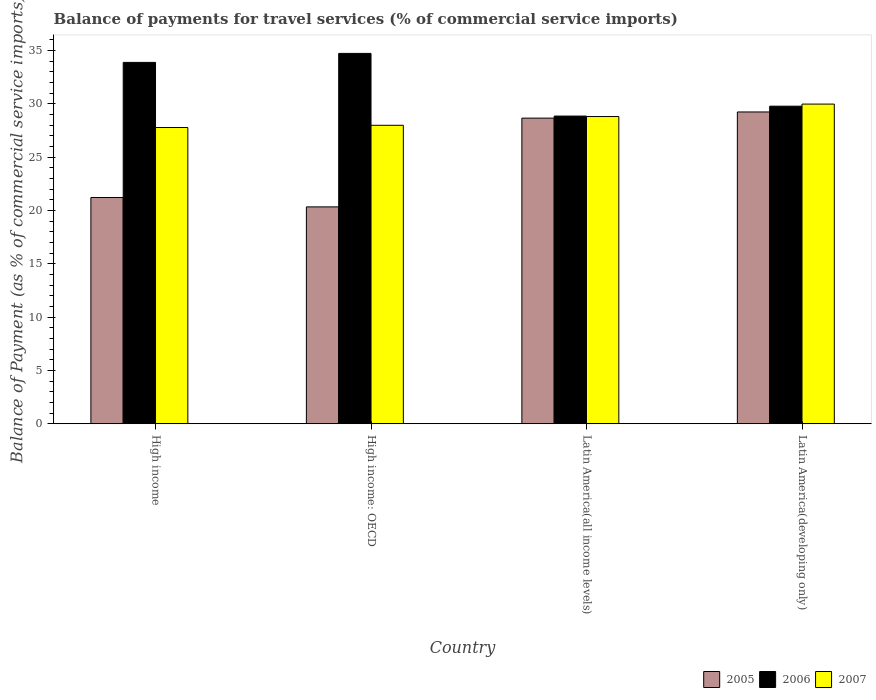
| Country | 2005 | 2006 | 2007 |
 | --- | --- | --- | --- |
 | High income | 21.2 | 33.9 | 27.8 |
 | High income: OECD | 20.3 | 34.7 | 28 |
 | Latin America(all income levels) | 28.7 | 28.8 | 28.8 |
 | Latin America(developing only) | 29.2 | 29.8 | 30 |